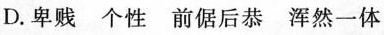
D.卑贱 个性 前倨后恭 浑然一体